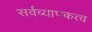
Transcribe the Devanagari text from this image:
सर्वव्यापकत्व